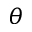
\theta